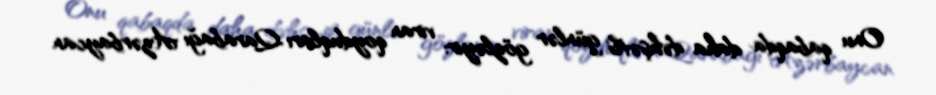
Onu qabaqda daha dəhşətli günlər gözləyir: viran qoyduqları Qarabağı Azərbaycan